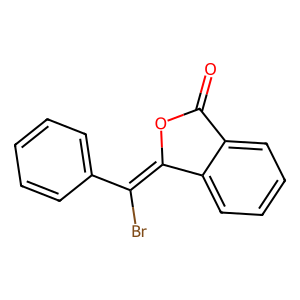
SMILES: O=C1OC(=C(Br)c2ccccc2)c2ccccc21
Inhibits HIV replication: No